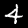
Digit: 4